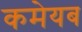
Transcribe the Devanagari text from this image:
कमेयब